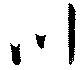
川